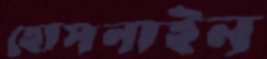
হোসনাইন